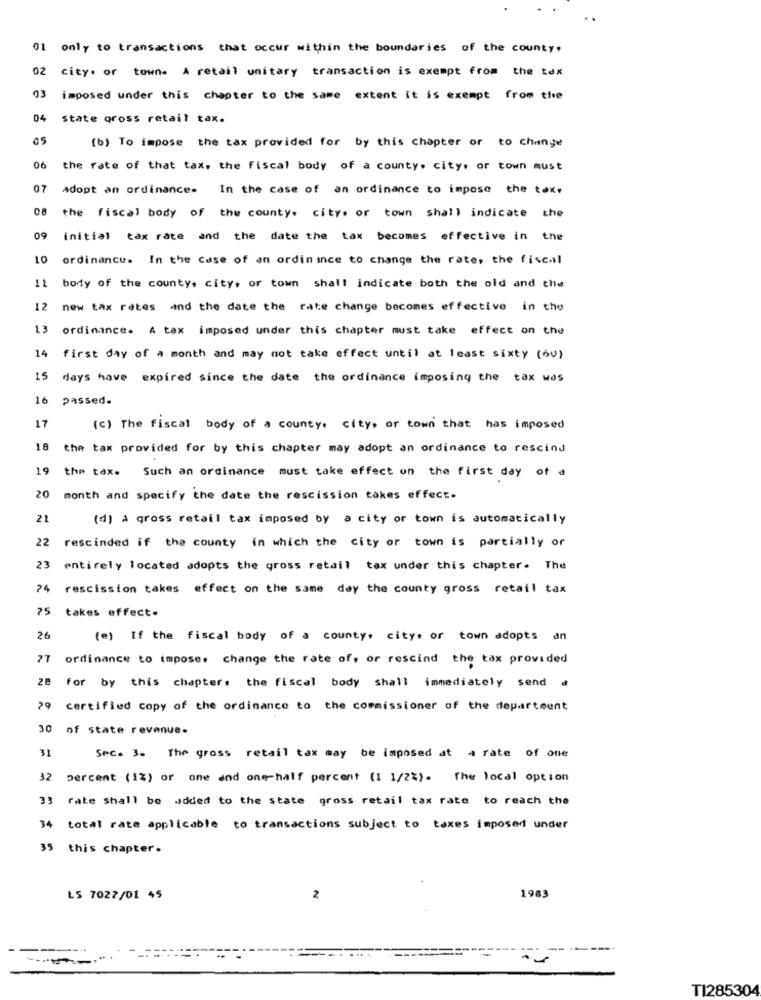
01
only to transactions that occur within the boundaries of the county,
02
City. or town. A retail unitary transaction is exempt from the tex
03 imposed under this chapter to the same extent it is exempt from the
04
state gross retail tax.
(b) To impose the tax provided for by this chapter or to change
06
the rate of that tax, the fiscal body of a county. city, or town must
07 adopt an ordinance. In the case of an ordinance to impose the tax.
08 the fiscal body of the county. city. or town shall indicate the
09
initial tax rate and the date the tax becomes effective in the
10 ordinance. In the case of an ordinance to change the rate, the fiscal
11 body of the county, city, or town shall indicate both the old and the
12 new tax rates and the date the rate change becomes effective in the
13
ordinance. A tax imposed under this chapter must take effect on the
14 first day of A month and may not take effect until at least sixty (60)
15 days have expired since the date the ordinance imposing the tax was
16 passed.
17
(c) The fiscal body of a county, city, or town that has imposed
18
the tax provided for by this chapter may adopt an ordinance to rescind
19
the tax. Such an ordinance must take effect on the first day of a
20
month and specify the date the rescission takes effect.
21
(d) A gross retail tax imposed by a city or town is automatically
22
rescinded if the county in which the city or town is partially or
23
entirely located adopts the gross retail tax under this chapter. The
74 rescission takes effect on the same day the county gross retail tax
75
takes effect.
26
(e) If the fiscal body of a county, city, or town adopts an
77
ordinance to impose, change the rate of, or rescind the tax provided
28 For by this chapter. the fiscal body shall immediately send a
?º certified copy of the ordinance to the commissioner of the department
30 of state revenue.
31
Sec. 3. The gross retail tax may be imposed at a rate of one
32 percent (1%) or one and one-half percent (1 1/2%). The local option
33 rate shall be added to the state gross retail tax rate to reach the
34 total rate applicable to transactions subject to taxes imposed under
35 this chapter.
LS 7022/01 45
2
1983
TI285304